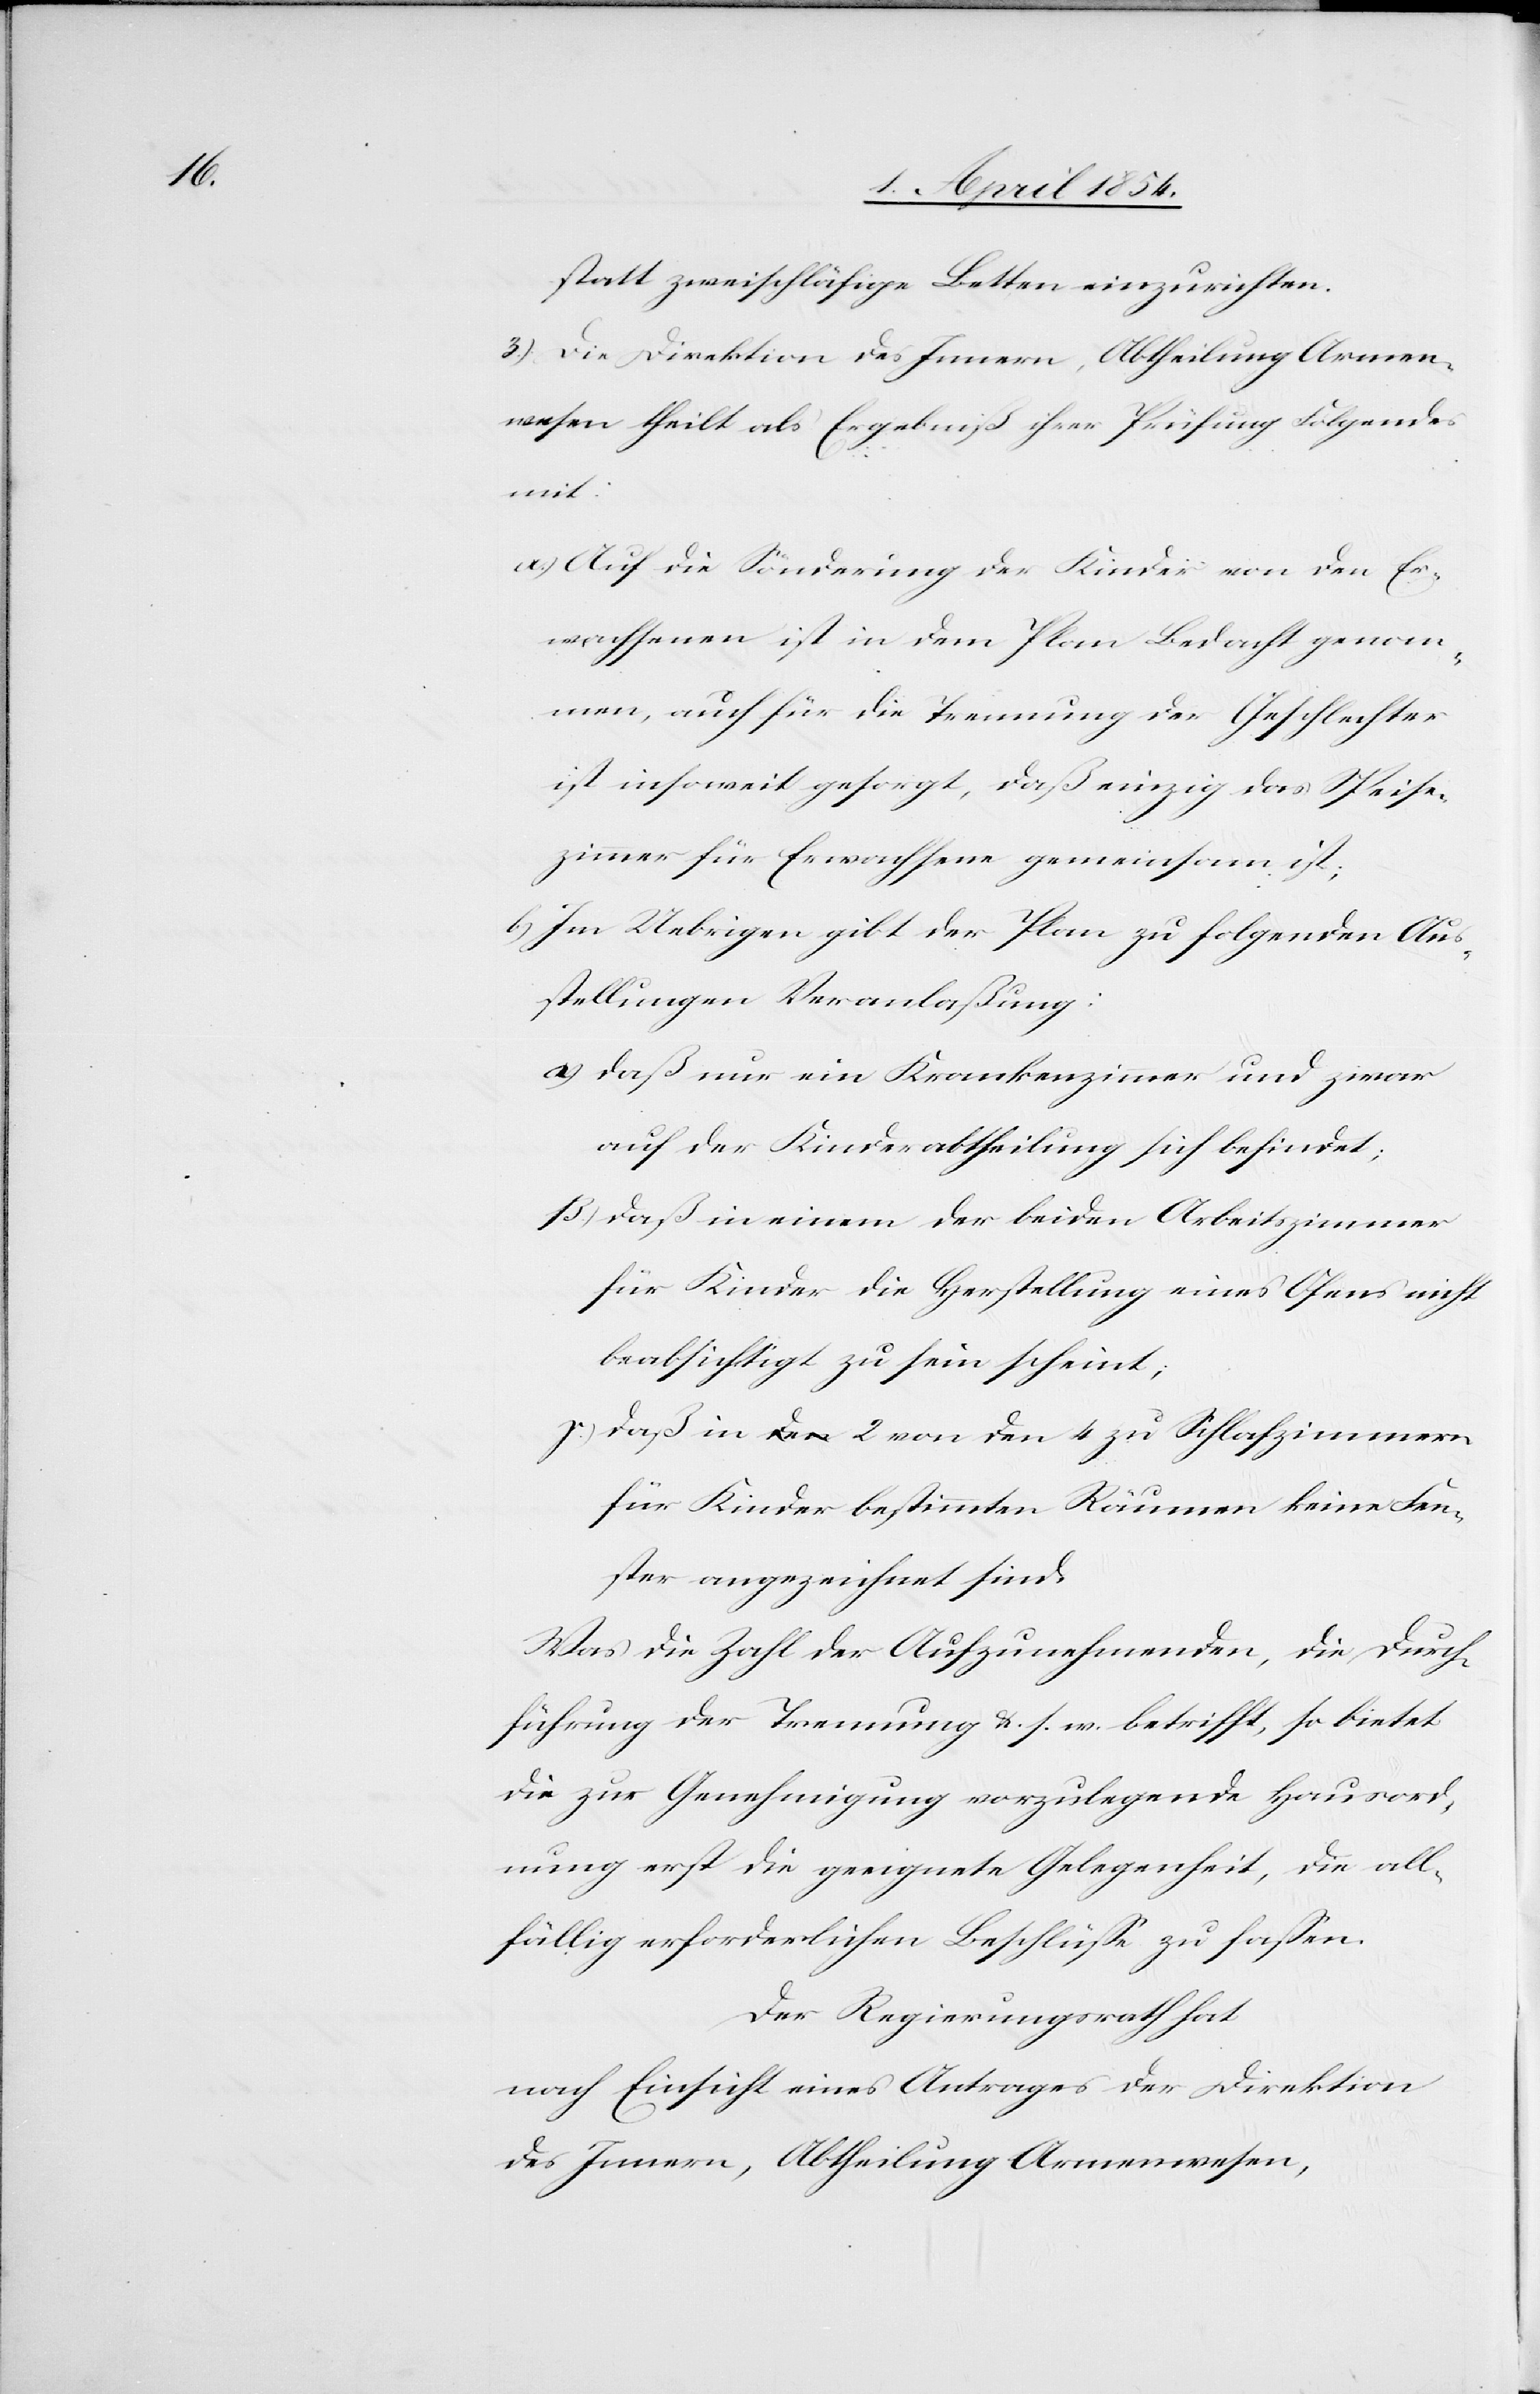
statt zweischläfige Betten einzurichten.
3.) Die Direktion des Innern, Abtheilung Armen¬
wesen theilt als Ergebniß ihrer Prüfung Folgendes
mit:
a) Auf die Sönderung der Kinder von den Er¬
wachsenen ist in dem Plan Bedacht genom¬
men, auch für die Trennung der Geschlechter
ist insoweit gesorgt, daß einzig das Speise¬
zimmer für Erwachsene gemeinsam ist;
b) Im Uebrigen gibt der Plan zu folgenden Ans¬
tellungen Veranlaßung:
α) daß nur ein Krankenzimmer und zwar
auf der Kinderabtheilung sich befindet;
β) daß in einem der beiden Arbeitszimmer
für Kinder die Herstellung eines Ofens nicht
beabsichtigt zu sein scheint;
γ) daß in 2 von den 4 zu Schlafzimmern
für Kinder bestimmten Räumen keine Fen¬
ster angezeichnet sind.
Was die Zahl der Aufzunehmenden, die Durch¬
führung der Trennung u. s. w. betrifft, so bietet
die zur Genehmigung vorzulegende Hausord¬
nung erst die geeignete Gelegenheit, die all¬
fällig erforderlichen Beschlüße zu faßen.
Der Regierungsrath hat,
nach Einsicht eines Antrages der Direktion
des Innern, Abtheilung Armenwesen,